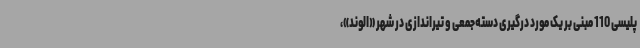
پلیسی 110 مبنی بر یک مورد درگیری دسته‌جمعی و تیراندازی در شهر «الوند»،